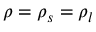
\rho = \rho _ { s } = \rho _ { l }